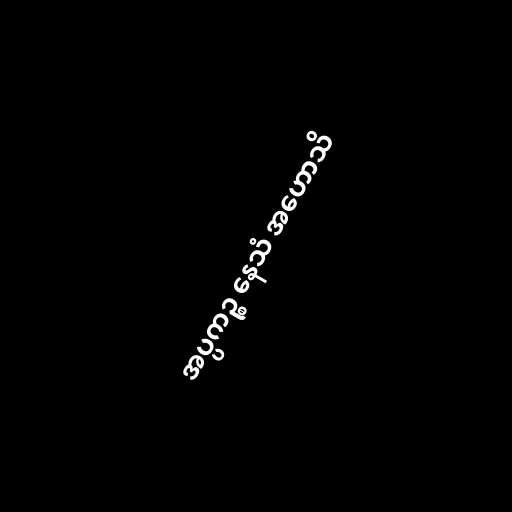
အပ္ပကဉ္စ နေသံ အဟောသိ